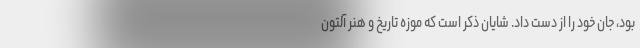
بود، جان خود را از دست داد. شایان ذکر است که موزه تاریخ و هنر آلتون